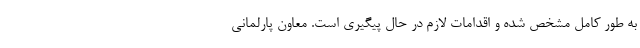
به طور کامل مشخص شده و اقدامات لازم در حال پیگیری است. معاون پارلمانی